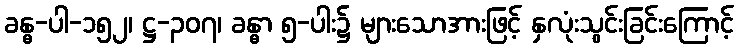
ခန္ဓ-ပါ-၁၅၂၊ ဋ္ဌ-၃၀၇၊ ခန္ဓာ ၅-ပါး၌ များသောအားဖြင့် နှလုံးသွင်းခြင်းကြောင့်